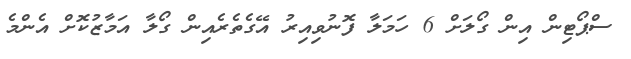
ސްޕޯޓިން އިން ގޯލަށް 6 ހަމަލާ ފޮނުވިއިރު އޭގެތެރެއިން ގޯލާ އަމާޒުކޮށް އެންމެ